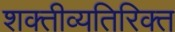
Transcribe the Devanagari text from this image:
शक्तीव्यतिरिक्त